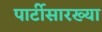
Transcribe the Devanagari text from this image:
पार्टीसारख्या